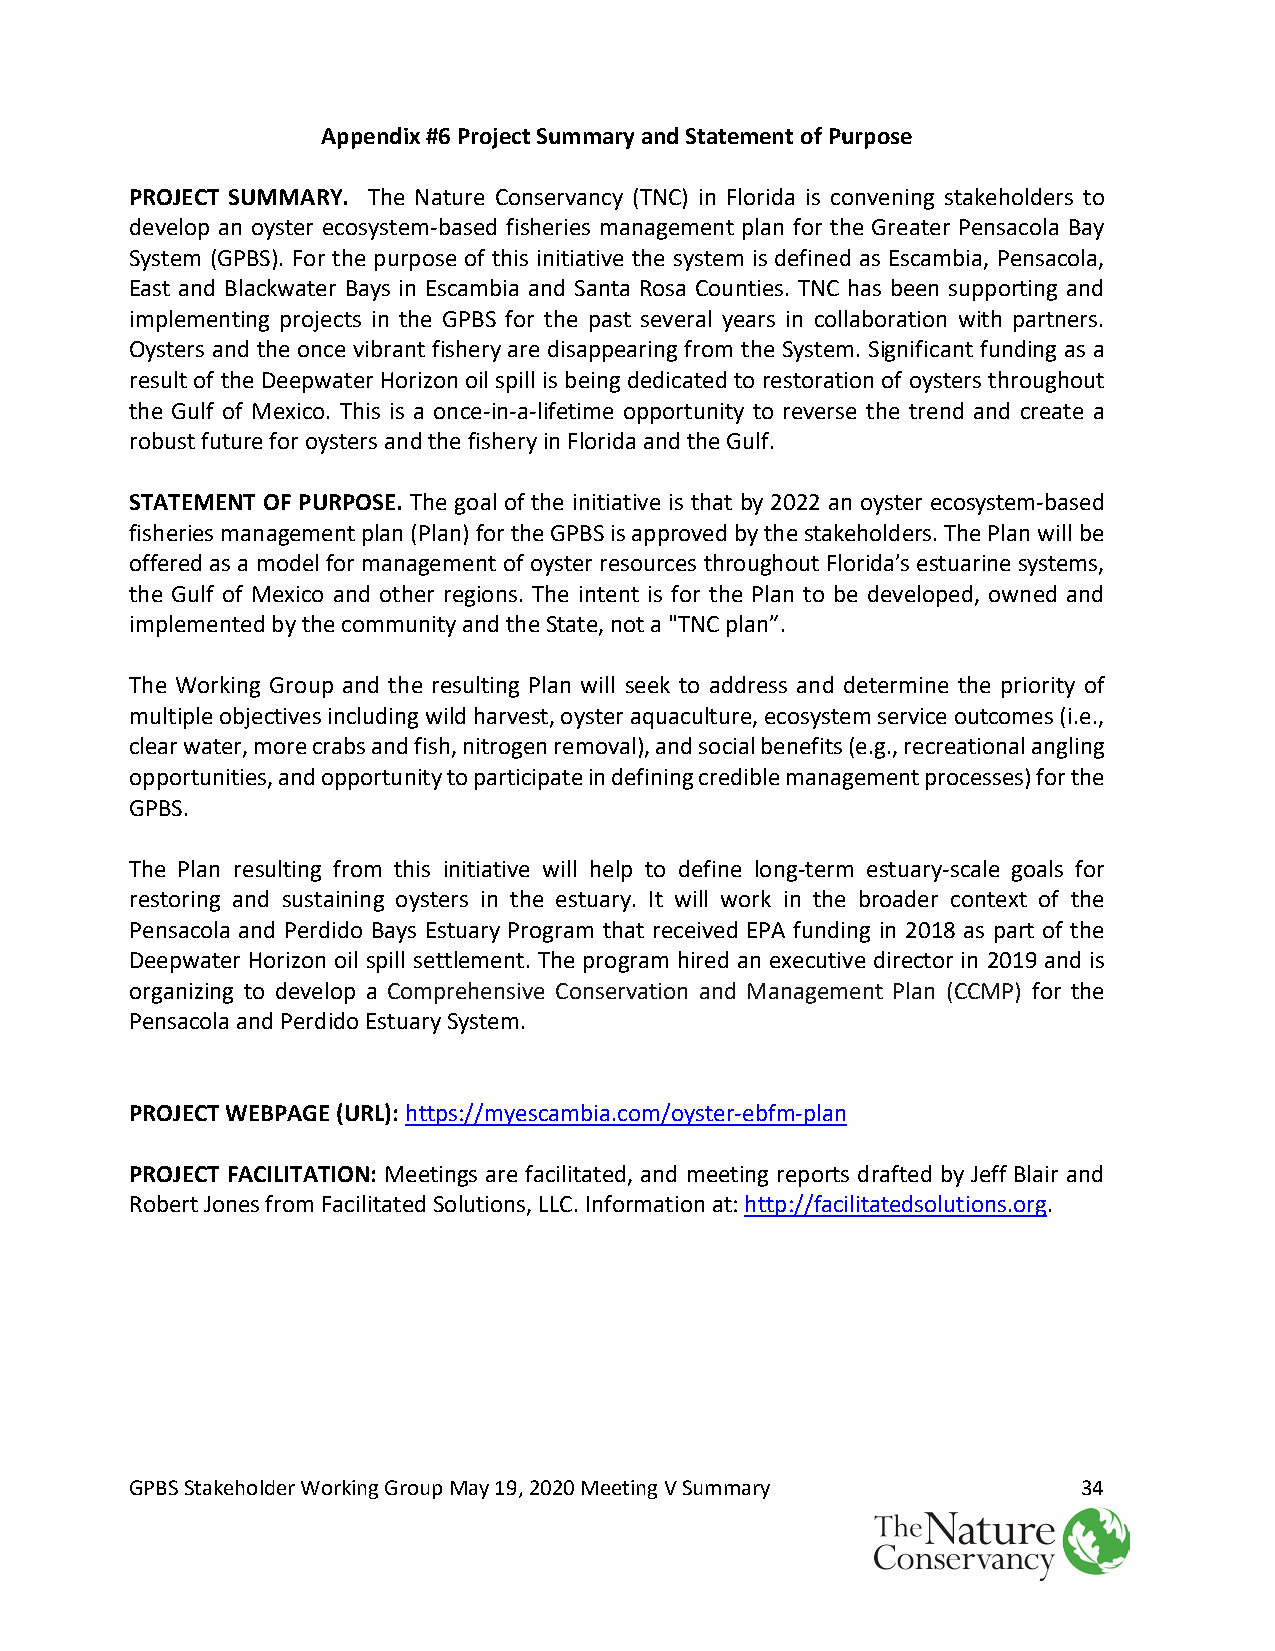
Appendix #6 Project Summary and Statement of Purpose
 PROJECT SUMMARY. The Nature Conservancy (TNC) in Florida is convening stakeholders to
 develop an oyster ecosystem-based fisheries management plan for the Greater Pensacola Bay
 System (GPBS). For the purpose of this initiative the system is defined as Escambia, Pensacola,
 East and Blackwater Bays in Escambia and Santa Rosa Counties. TNC has been supporting and
 implementing projects in the GPBS for the past several years in collaboration with partners.
 Oysters and the once vibrant fishery are disappearing from the System. Significant funding as a
 result of the Deepwater Horizon oil spill is being dedicated to restoration of oysters throughout
 the Gulf of Mexico. This is a once-in-a-lifetime opportunity to reverse the trend and create a
 robust future for oysters and the fishery in Florida and the Gulf.
 STATEMENT OF PURPOSE. The goal of the initiative is that by 2022 an oyster ecosystem-based
 fisheries management plan (Plan) for the GPBS is approved by the stakeholders. The Plan will be
 offered as a model for management of oyster resources throughout Florida’s estuarine systems,
 the Gulf of Mexico and other regions. The intent is for the Plan to be developed, owned and
 implemented by the community and the State, not a "TNC plan”.
 The Working Group and the resulting Plan will seek to address and determine the priority of
 multiple objectives including wild harvest, oyster aquaculture, ecosystem service outcomes (i.e.,
 clear water, more crabs and fish, nitrogen removal), and social benefits (e.g., recreational angling
 opportunities, and opportunity to participate in defining credible management processes) for the
 GPBS.
 The Plan resulting from this initiative will help to define long-term estuary-scale goals for
 restoring and sustaining oysters in the estuary. It will work in the broader context of the
 Pensacola and Perdido Bays Estuary Program that received EPA funding in 2018 as part of the
 Deepwater Horizon oil spill settlement. The program hired an executive director in 2019 and is
 organizing to develop a Comprehensive Conservation and Management Plan (CCMP) for the
 Pensacola and Perdido Estuary System.
 PROJECT WEBPAGE (URL): https://myescambia.com/oyster-ebfm-plan
 PROJECT FACILITATION: Meetings are facilitated, and meeting reports drafted by Jeff Blair and
 Robert Jones from Facilitated Solutions, LLC. Information at: http://facilitatedsolutions.org.
 GPBS Stakeholder Working Group May 19, 2020 Meeting V Summary  34